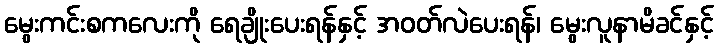
မွေးကင်းစကလေးကို ရေချိုးပေးရန်နှင့် အဝတ်လဲပေးရန်၊ မွေးလူနာမိခင်နှင့်